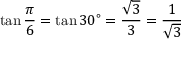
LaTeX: \tan { \frac { \pi } { 6 } } = \tan 3 0 ^ { \circ } = { \frac { \sqrt { 3 } } { 3 } } = { \frac { 1 } { \sqrt { 3 } } }